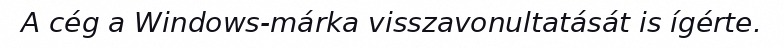
A cég a Windows-márka visszavonultatását is ígérte.